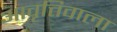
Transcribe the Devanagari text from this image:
आवृत्तिवाला